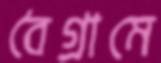
বৈগ্রামে